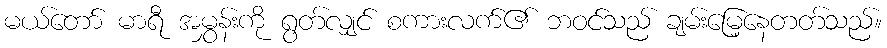
မယ်တော် မာရီ အမွှန်းကို ရွတ်လျှင် စကားလက်၏ ဘဝင်သည် ချမ်းမြေ့နေတတ်သည်။